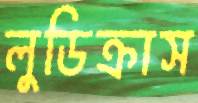
লুডিক্রাস